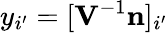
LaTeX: y_{i^{\prime}}=[\textbf{V}^{-1}\textbf{n}]_{i^{\prime}}